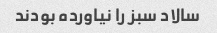
سالاد سبز را نیاورده بودند